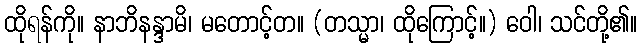
ထိုရန်ကို။ နာဘိနန္ဒာမိ၊ မတောင့်တ။ (တသ္မာ၊ ထိုကြောင့်။) ဝေါ၊ သင်တို့၏။